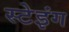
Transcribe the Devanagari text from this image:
स्टेइंग